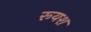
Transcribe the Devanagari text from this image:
रूयश